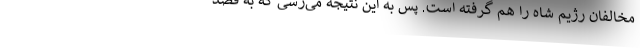
مخالفان رژیم شاه را هم گرفته است. پس به این نتیجه می‌رسی که به قصد